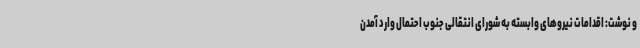
و نوشت: اقدامات نیروهای وابسته به شورای انتقالی جنوب احتمال وارد آمدن